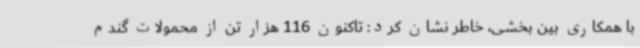
با همکاری بین بخشی، خاطر نشان کرد: تاکنون 116 هزار تن از محمولات گندم